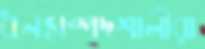
ধনসম্পদশালীরা